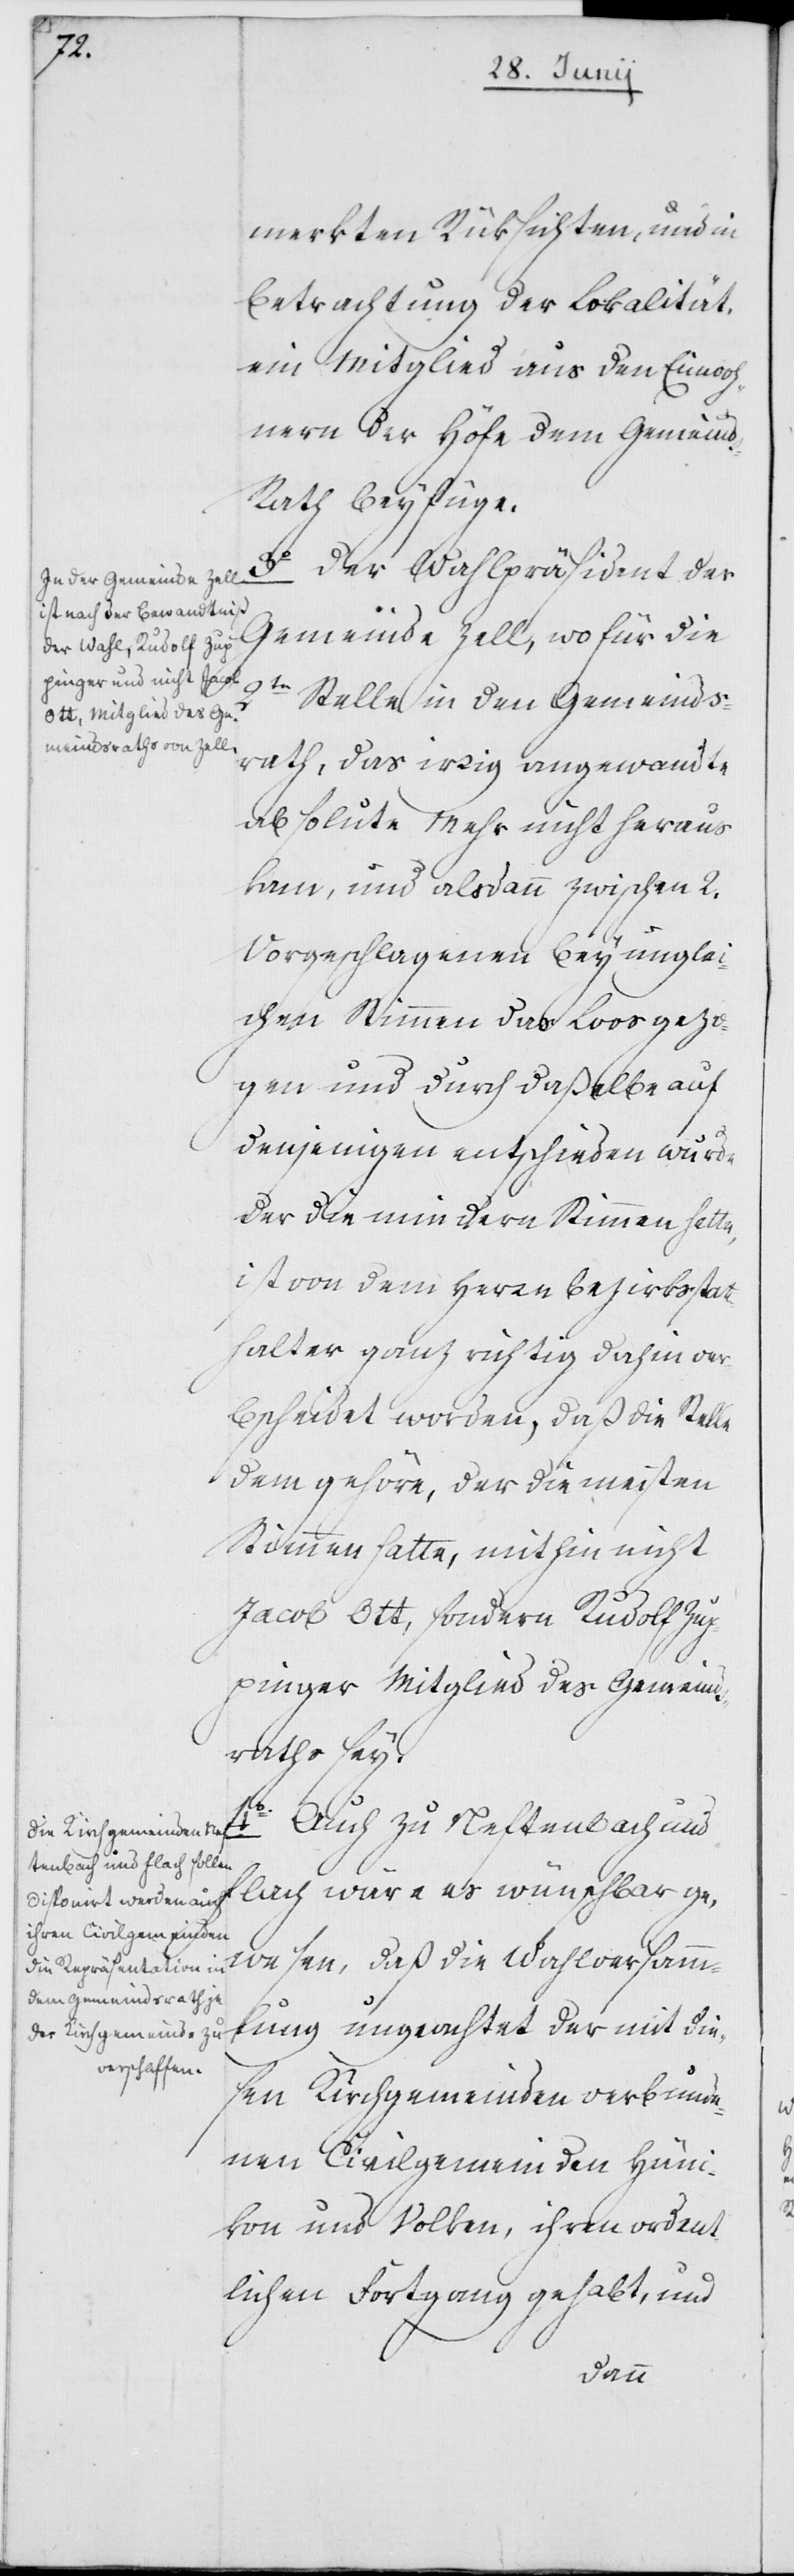
merkten Rüksichten, und in
Betrachtung der Lokalität,
ein Mitglied aus den Einwoh¬
nern der Höfe dem Gemeind¬
s-Rath beyfüge.
3o Der Wahlpräsident der
Gemeinde Zell, wofür die
2te Stelle in den Gemeinds¬
rath, das irrig angewandte
absolute Mehr nicht heraus
kam, und alsdann zwischen 2.
Vorgeschlagenen bey unglei¬
chen Stimmen das Loos gezo¬
gen und durch daßelbe auf
denjenigen entschieden wurde
der die mindern Stimmen hatte,
ist von dem Herrn Bezirksstatt¬
halter ganz richtig dahin ver¬
bscheidet worden, daß die Stelle
dem gehöre, der die meisten
Stimmen hatte, mithin nicht
Jacob Ott, sondern Rudolf Zup¬
pinger Mitglied des Gemeind¬
raths sey.
4o. Auch zu Neftenbach und
Flach wäre es wünschbar ge¬
wesen, daß die Wahlversamm¬
lung ungeachtet der mit die¬
sen Kirchgemeinden verbunde¬
nen Civilgemeinden Hüni¬
kon und Volken, ihren ordent¬
lichen Fortgang gehabt, und